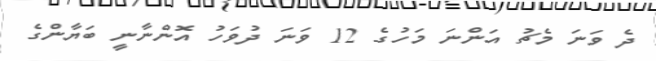
ދެ ވަނަ މެޗު އަންނަ މަހުގެ 12 ވަނަ ދުވަހު އޮންނާނީ ބަޔާންގެ